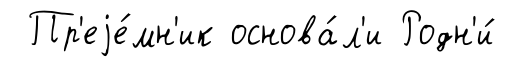
Пр'еjе́мн'ик основа́л'и Родн'и́